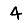
Digit: 4